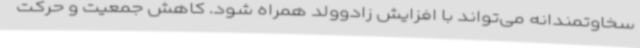
سخاوتمندانه می‌تواند با افزایش زادوولد همراه شود. کاهش جمعیت و حرکت